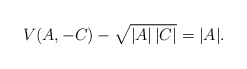
\begin{align*} V(A,-C)- \sqrt{|A|\,|C|} = |A|.\end{align*}